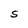
Character: S